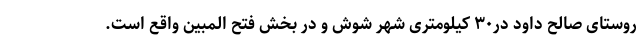
روستای صالح داود در۳۰ کیلومتری شهر شوش و در بخش فتح المبین واقع است.